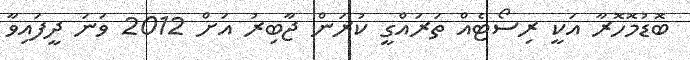
ބޮޑުމޮހޮރާ އަކީ ރިސޯޓެއް ތަރައްގީ ކުރަން ޖާބިރު އަށް 2012 ވަނަ ދީފައިވާ